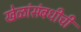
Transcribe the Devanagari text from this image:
खेळांसंबधीची